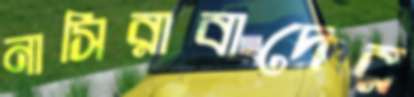
নাসিরাবাদের